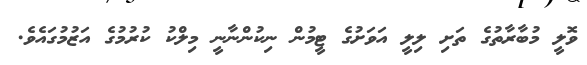
ވޮލީ މުބާރާތުގެ ތަށި ލިލީ އަވަށުގެ ޓީމުން ނިކުންނާނީ މިލްކު ކުރުމުގެ އަޒުމުގައެވެ.